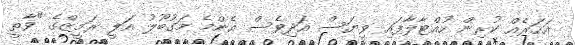
އަހަރެއް ކުރިން ހުއްޓާލާފައި ވިޔަސް އަދިވެސް އެންމެ މަގުބޫލު އަލީ ރަމީޒްގެ "ވާތީ